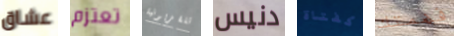
عشاق تعتزم تلفزيونية دنيس كفتاة فهمتك